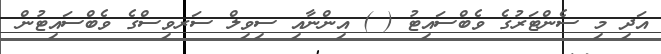
އަދި މި ސެންޓަރުގެ ވެބްސައިޓު ( ) އިންނާއި ސިވިލް ސަރވިސްގެ ވެބްސައިޓުން